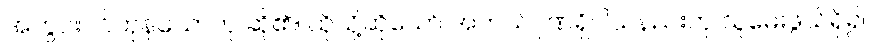
အတွင်းဝင်ကုန်သောဟု ဆို၏။ ထိုသို့ဆိုသော် အဘယ်ဂုဏ်ရှိပါသနည်းဟု သူမေးဖွယ်ရှိ၍